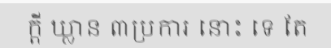
ក្តី ឃ្លាន ៣ប្រការ នោះ ទេ តែ